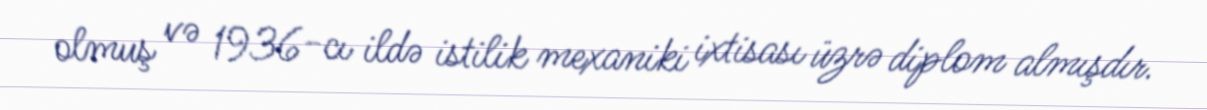
olmuş və 1936-cı ildə istilik mexaniki ixtisası üzrə diplom almışdır.